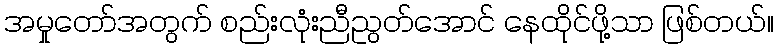
အမှုတော်အတွက် စည်းလုံးညီညွတ်အောင် နေထိုင်ဖို့သာ ဖြစ်တယ်။